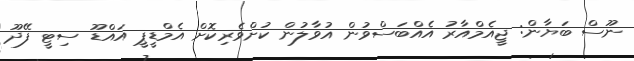
ނޫސް ބަޔާން: ޖީއެމްއާރު އެއްބަސްވުން އުވާލުން ކުށްވެރިކޮށް އެމްޑީޕީ އައްޑޫ ސިޓީ ފޭދޫ